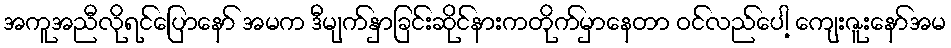
အကူအညီလိုရင်ပြောနော် အမက ဒီမျက်နှာခြင်းဆိုင်နားကတိုက်မှာနေတာ ဝင်လည်ပေါ့ ကျေးဇူးနော်အမ